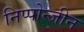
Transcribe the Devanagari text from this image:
निप्पोन्जीन